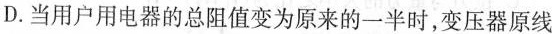
D.当用户用电器的总阻值变为原来的一半时，变压器原线